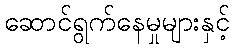
ဆောင်ရွက်နေမှုများနှင့်